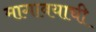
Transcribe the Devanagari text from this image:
मागावयाची